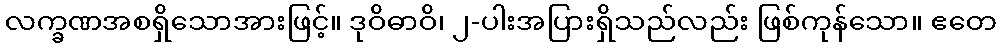
လက္ခဏအစရှိသောအားဖြင့်။ ဒုဝိဓာဝိ၊ ၂-ပါးအပြားရှိသည်လည်း ဖြစ်ကုန်သော။ ဧတေ